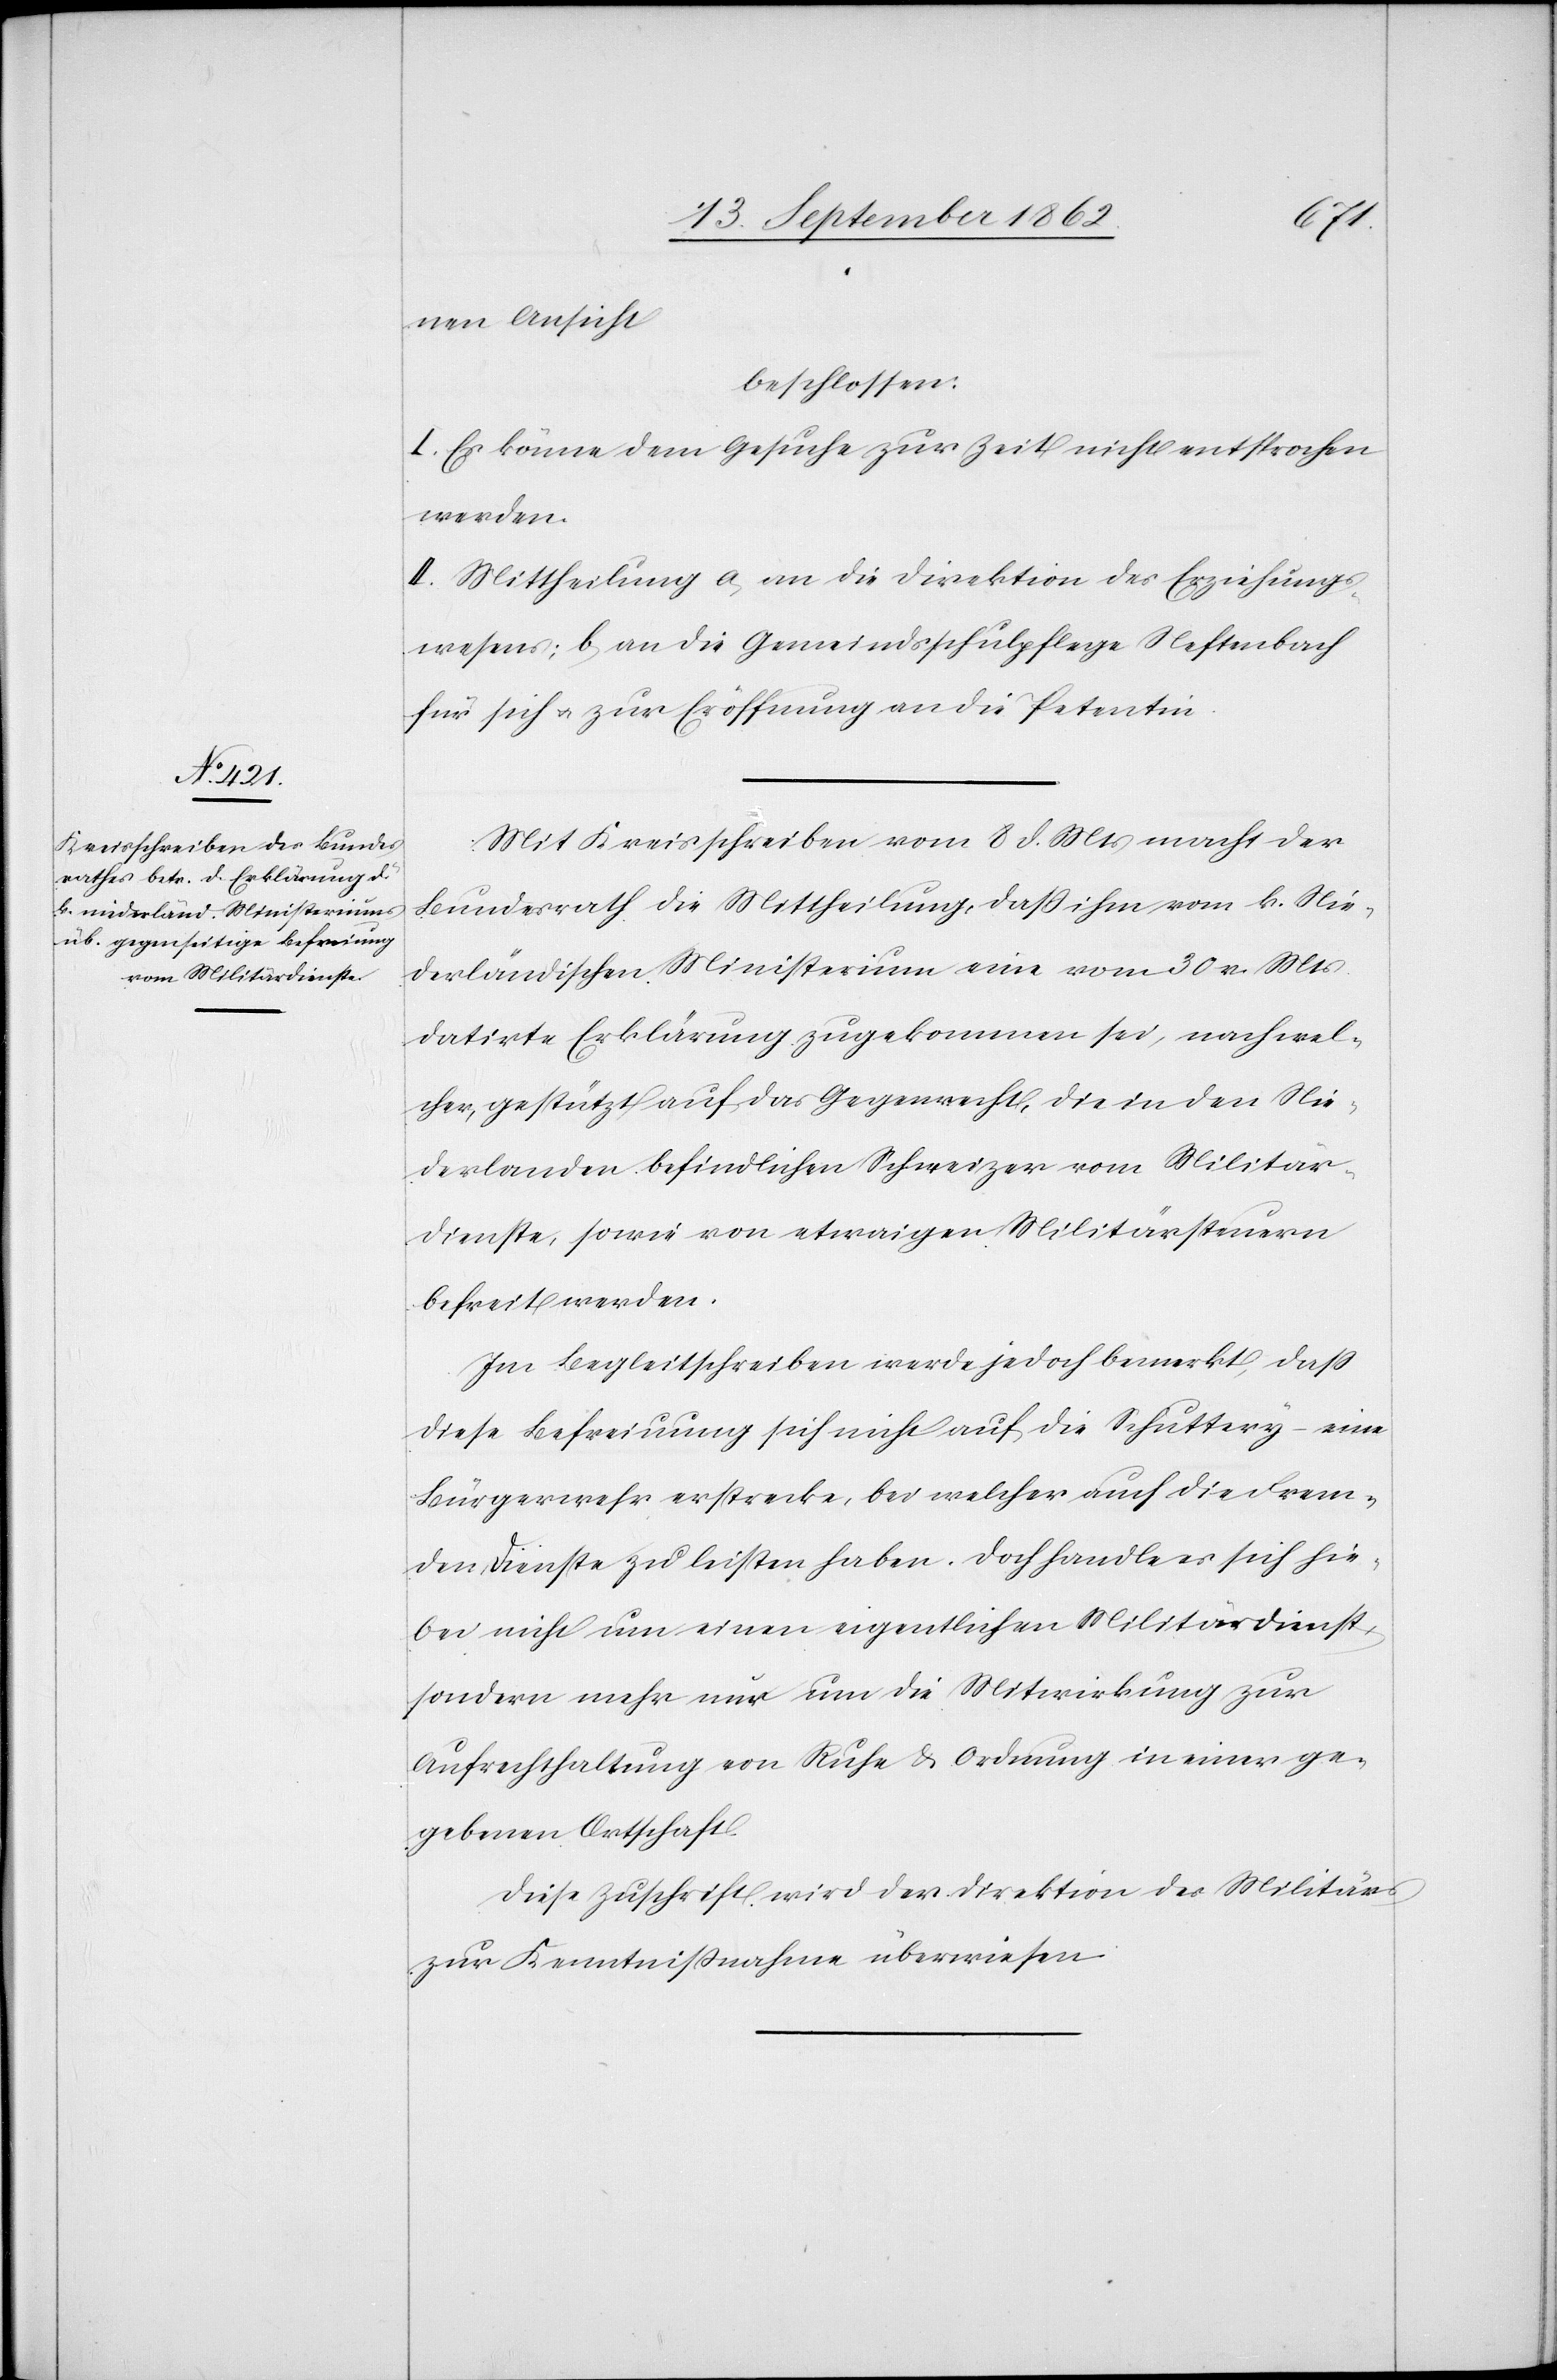
nen Ansicht
beschlossen:
I. Es könne dem Gesuche zur Zeit nicht entsprochen
werden.
II. Mittheilung a. an die Direktion des Erziehungs¬
wesens; b. an die Gemeindsschulpflege Neftenbach
für sich u. zur Eröffnung an die Petenten.
Mit Kreisschreiben vom 8. d. Mts. macht der
Bundesrath die Mittheilung, daß ihm vom k. Nie¬
derländischen Ministerium eine vom 30. v. Mts.
datirte Erklärung zugekommen sei, nach wel¬
cher, gestützt auf das Gegenrecht, die in den Nie¬
derlanden befindlichen Schweizer vom Militär¬
dienste, sowie von etwaigen Militärsteuern
befreit werden.
Im Begleitschreiben werde jedoch bemerkt, daß
diese Befreiung sich nicht auf die Schuttery – eine
Bürgerwehr erstrecke, bei welcher auch die Frem¬
den Dienste zu leisten haben. Doch handle es sich hie¬
bei nicht um einen eigentlichen Militärdienst,
sondern mehr nur um die Mitwirkung zur
Aufrechthaltung von Ruhe u. Ordnung in einer ge¬
gebenen Ortschaft.
Diese Zuschrift wird der Direktion des Militärs
zur Kenntnißnahme überwiesen.